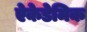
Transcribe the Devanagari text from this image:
ऐकेडेमिक